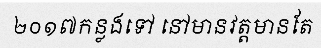
២០១៧កន្លងទៅ នៅមានវត្តមានតែ